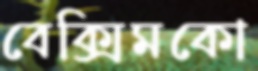
বেক্সিমকো